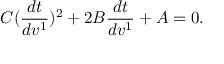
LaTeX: C ( \frac { d t } { d v ^ { 1 } } ) ^ { 2 } + 2 B \frac { d t } { d v ^ { 1 } } + A = 0 .